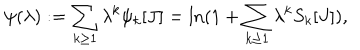
LaTeX: \psi ( \lambda ) : = \sum _ { k \geq 1 } \lambda ^ { k } \psi _ { k } [ J ] = \ln ( 1 + \sum _ { k \geq 1 } \lambda ^ { k } S _ { k } [ J ] ) ,